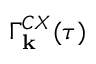
\Gamma _ { \bf k } ^ { C X } ( \tau )